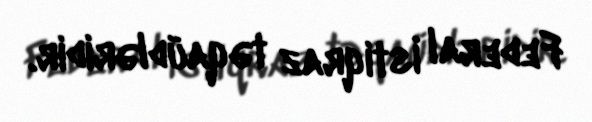
Federal İstiqraz təqaüdləridir.